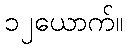
၁၂ယောက်။